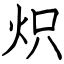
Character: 炽